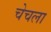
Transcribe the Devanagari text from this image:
चेचला